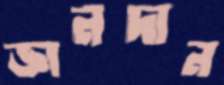
জ্ঞানদান